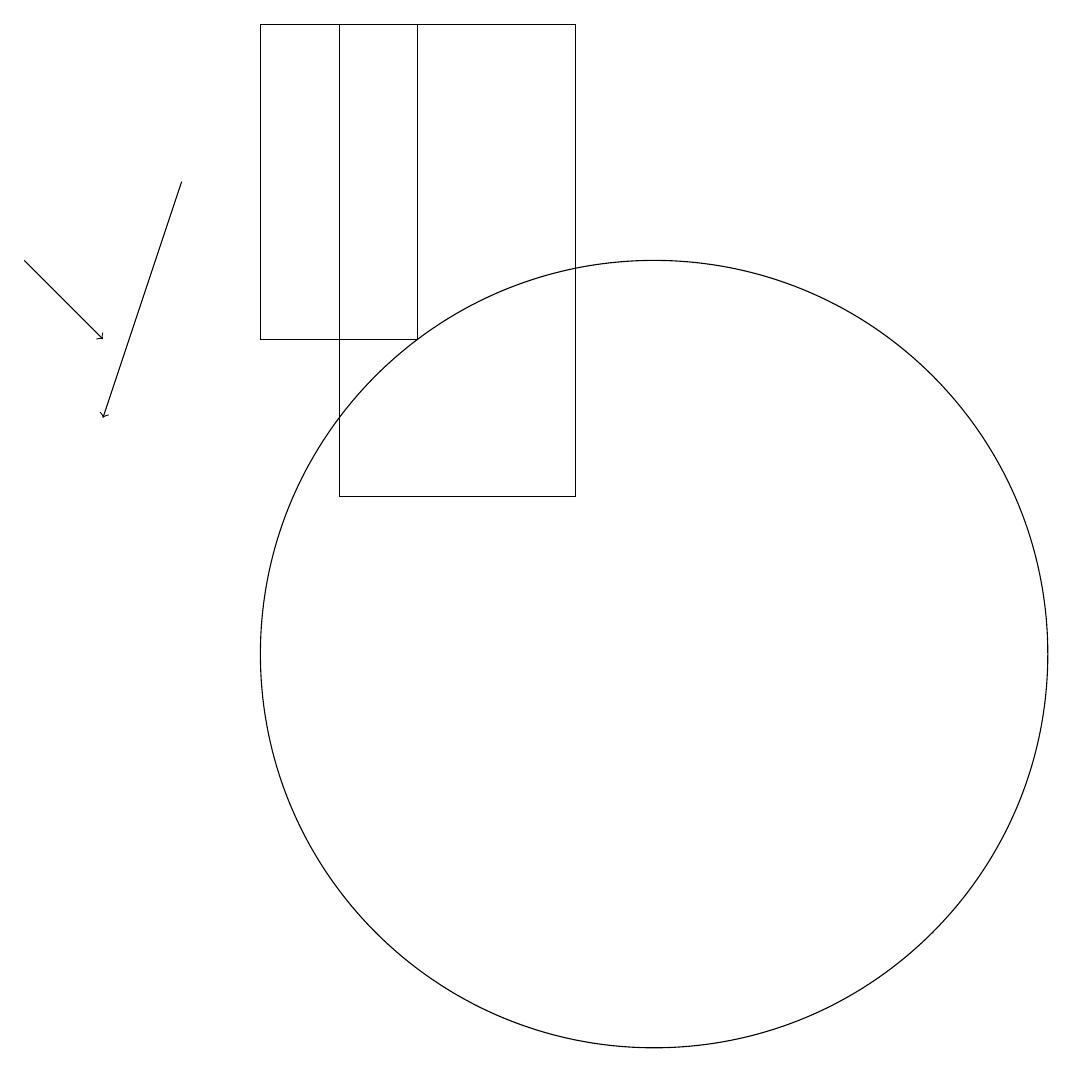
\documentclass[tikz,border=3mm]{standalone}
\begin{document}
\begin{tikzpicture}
\draw[->] (2,15) -- (3,14);
\draw (10,10) circle (5);
\draw (9,12) rectangle (6,18);
\draw[->] (4,16) -- (3,13);
\draw (5,14) rectangle (7,18);
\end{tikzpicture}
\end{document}